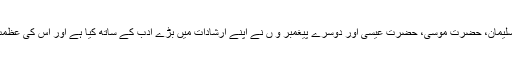
اس کا ذکر حضرت سلیمان، حضرت موسیٰ، حضرت عیسیٰ اور دوسرے پیغمبر و ں نے اپنے ارشادات میں بڑے ادب کے ساتھ کیا ہے اور اس کی عظمت بیان فر مائی ہے ۔